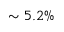
\sim 5 . 2 \%